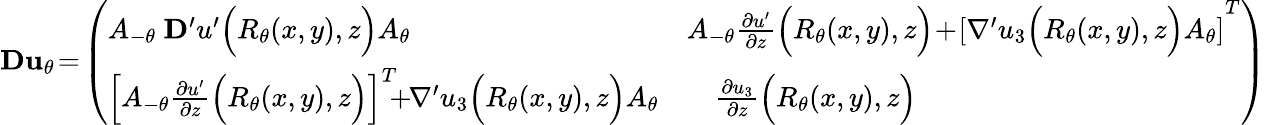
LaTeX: {\mathbf D}{\mathbf u}_{\theta}\! =\! \left(\begin{array}{ll}{A_{-\theta}\ {\mathbf D}^{\prime}u^{\prime}\Big(R_{\theta}(x,y),z\Big)A_{\theta}}&{A_{-\theta}\frac{\partial u^{\prime}}{\partial z}\Big(R_{\theta}(x,y),z\Big)\! +\! \left[\nabla^{\prime}u_{3}\Big(R_{\theta}(x,y),z\Big)A_{\theta}\right]^{T}}\\ {\left[A_{-\theta}\frac{\partial u^{\prime}}{\partial z}\Big(R_{\theta}(x,y),z\Big)\right]^{T}\! \! \! +\! \! \nabla^{\prime}u_{3}\Big(R_{\theta}(x,y),z\Big)A_{\theta}}&{\quad\frac{\partial u_{3}}{\partial z}\Big(R_{\theta}(x,y),z\Big)}\end{array}\right)